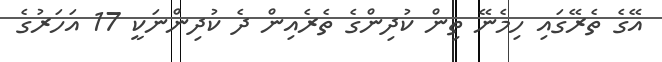
އޭގެ ތެރޭގައި ހިމެނޭ ތިން ކުދިންގެ ތެރެއިން ދެ ކުދިންނަކީ 17 އަހަރުގެ